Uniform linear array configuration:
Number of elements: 8
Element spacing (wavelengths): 0.75
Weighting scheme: exponential
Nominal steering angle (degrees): -30
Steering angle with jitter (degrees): -30.4
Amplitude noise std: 0.05
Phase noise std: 0.05

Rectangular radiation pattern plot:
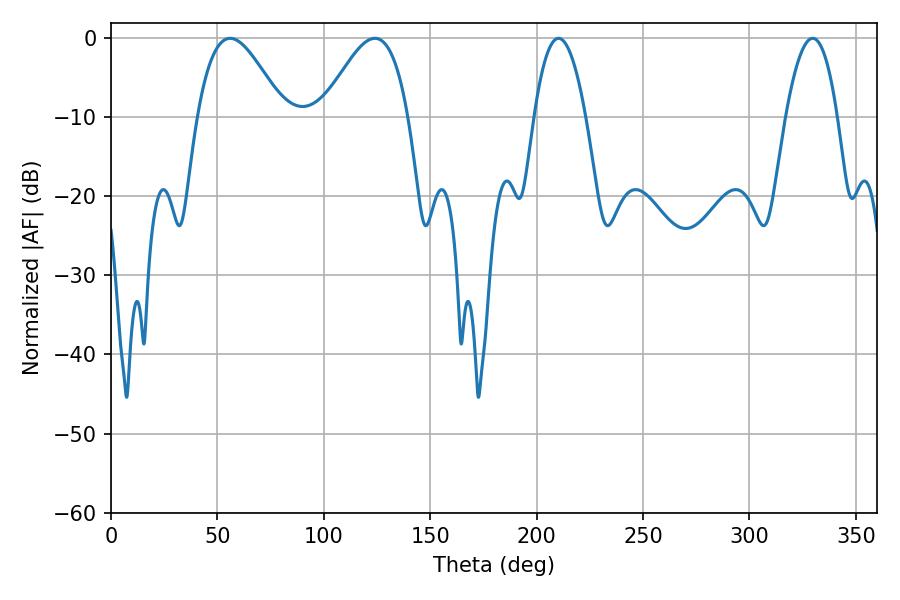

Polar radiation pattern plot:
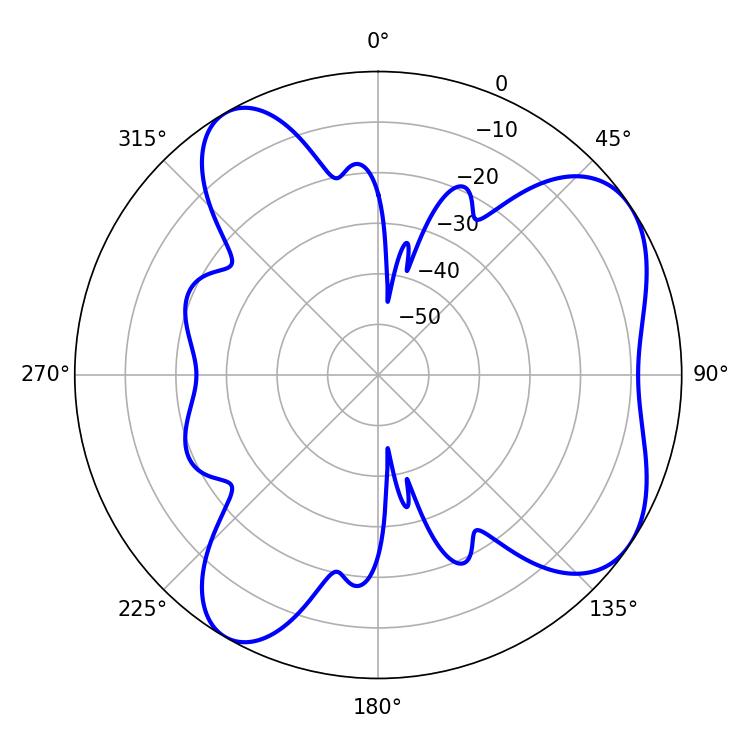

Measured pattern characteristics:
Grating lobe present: TRUE
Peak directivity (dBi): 6.264
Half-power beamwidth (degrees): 21.78
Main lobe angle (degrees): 55.98